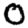
Digit: 0